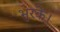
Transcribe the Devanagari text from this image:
भुरकें।